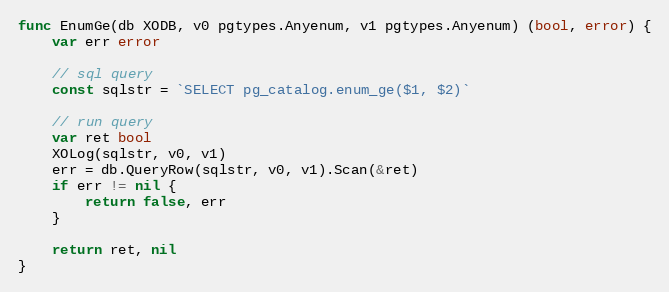
Language: Go
func EnumGe(db XODB, v0 pgtypes.Anyenum, v1 pgtypes.Anyenum) (bool, error) {
	var err error

	// sql query
	const sqlstr = `SELECT pg_catalog.enum_ge($1, $2)`

	// run query
	var ret bool
	XOLog(sqlstr, v0, v1)
	err = db.QueryRow(sqlstr, v0, v1).Scan(&ret)
	if err != nil {
		return false, err
	}

	return ret, nil
}